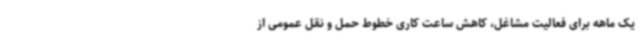
یک ماهه برای فعالیت مشاغل، کاهش ساعت کاری خطوط حمل و نقل عمومی از